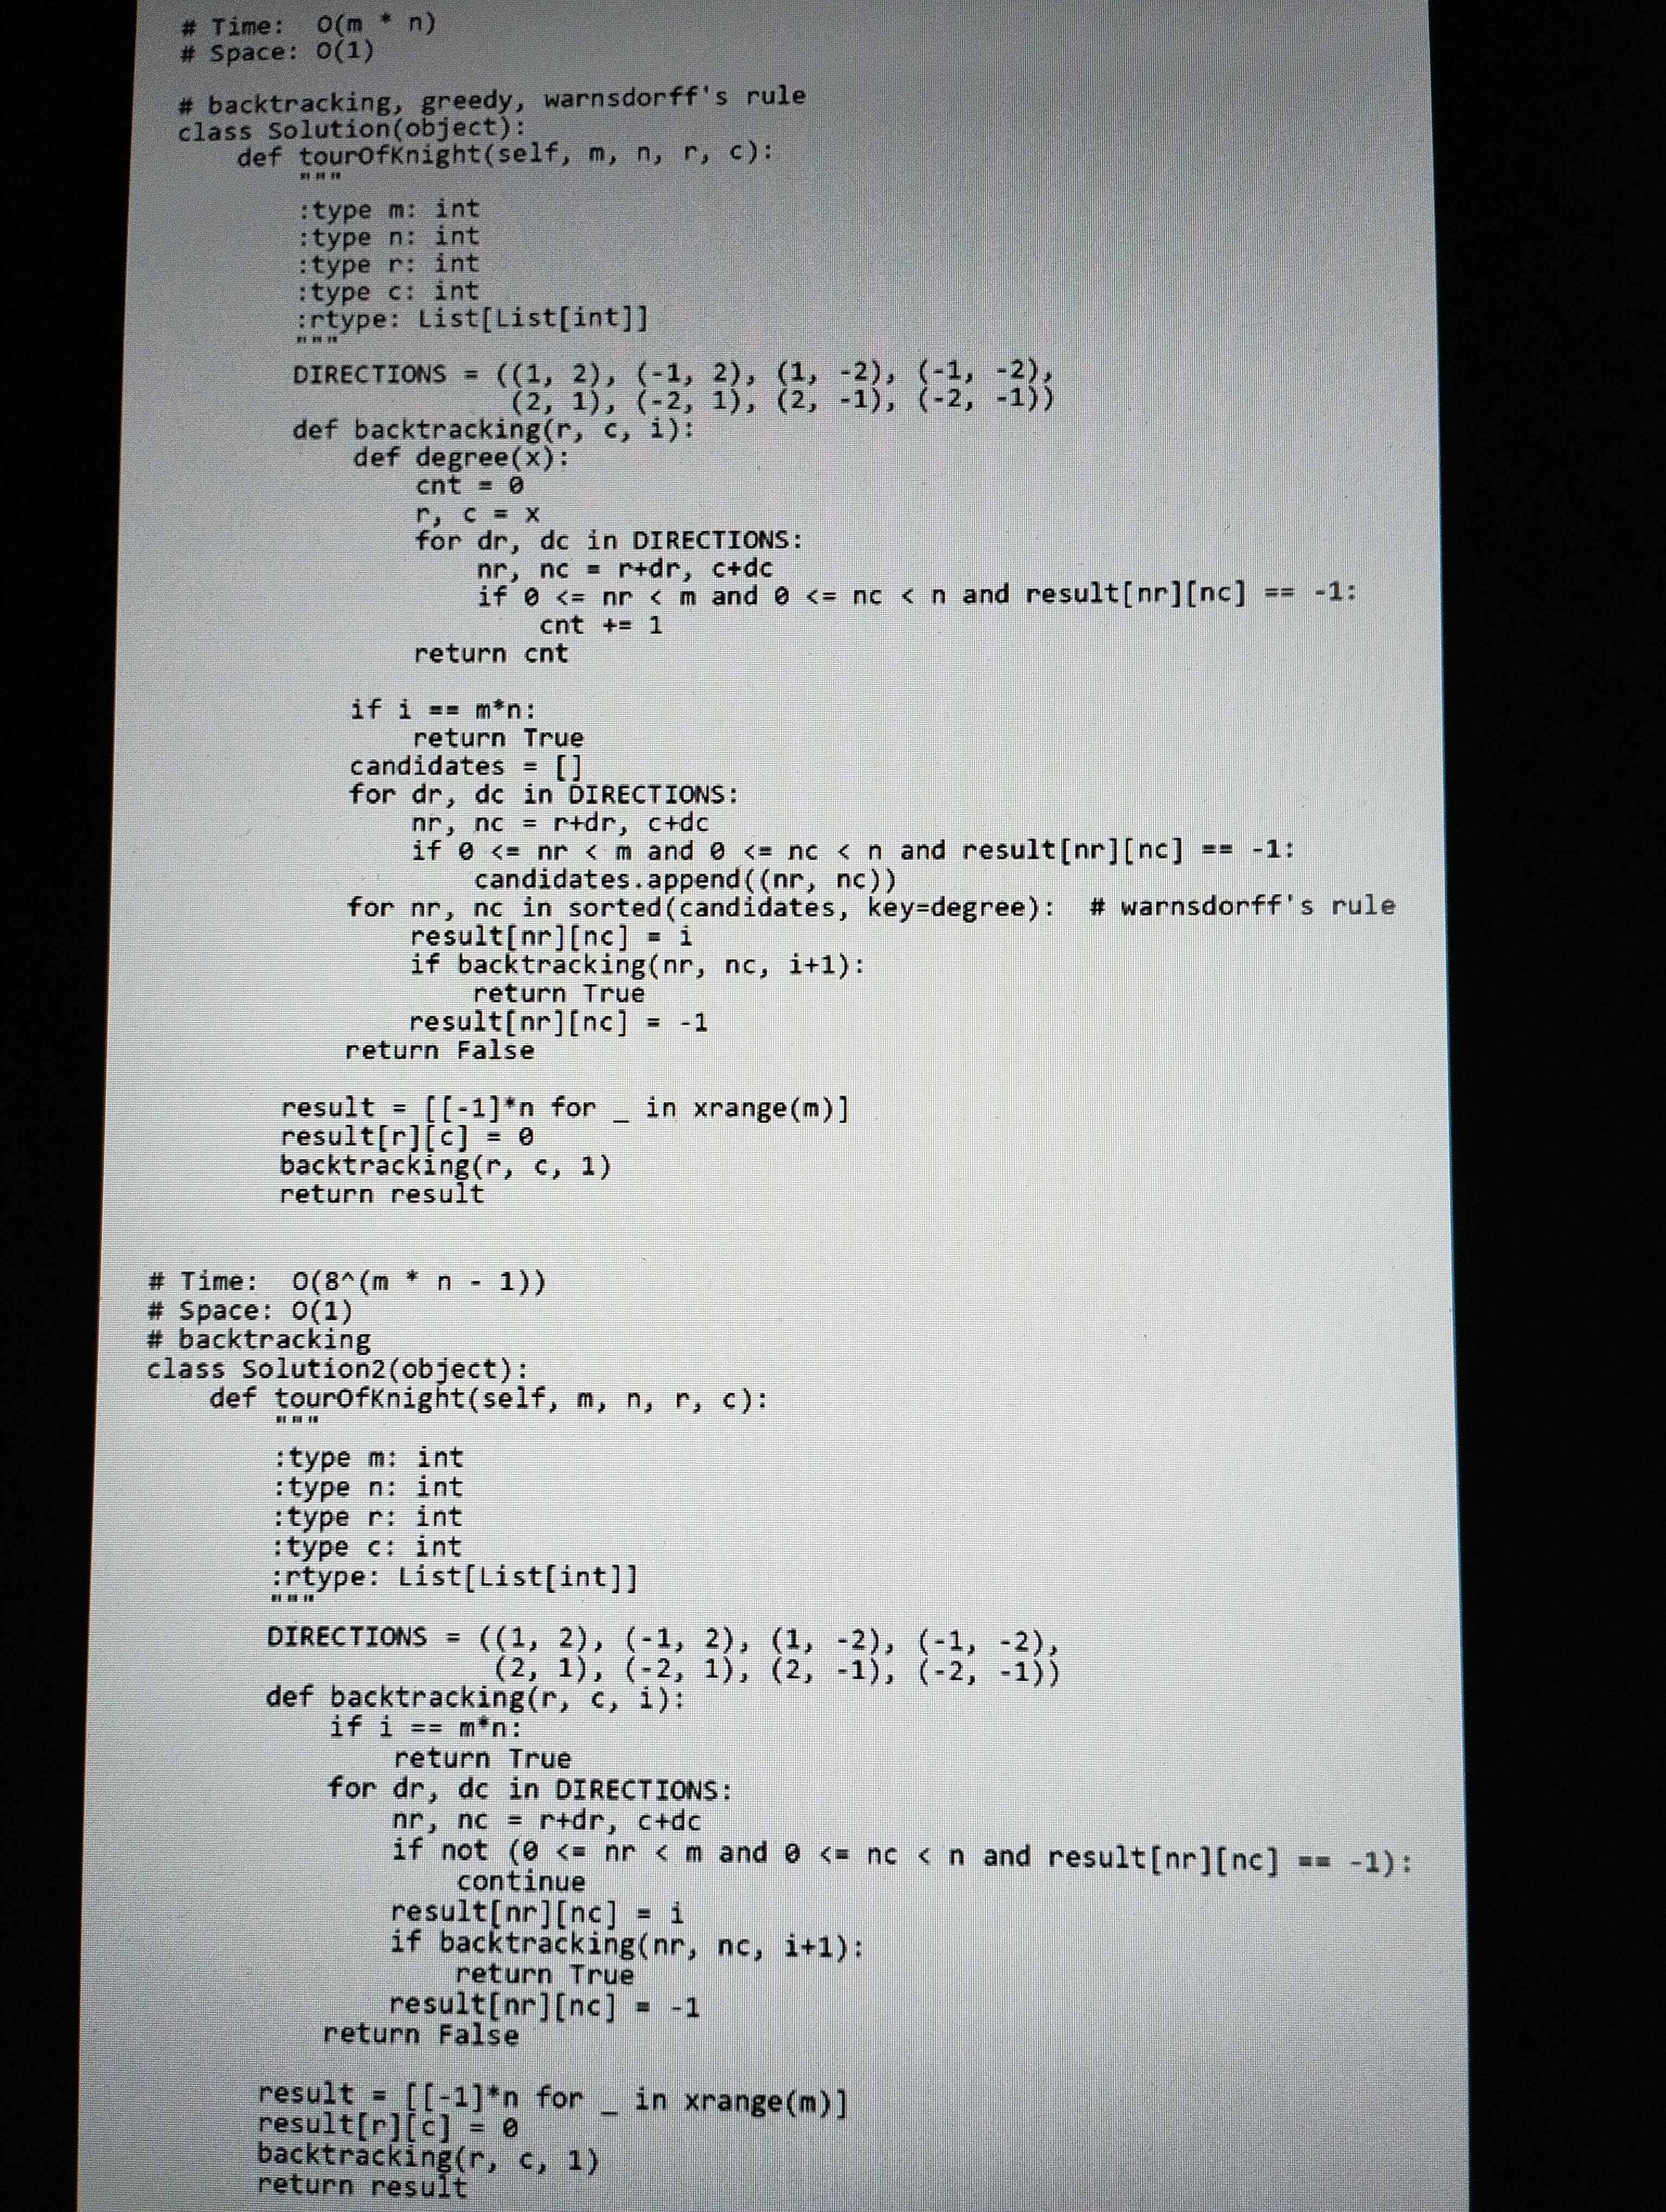
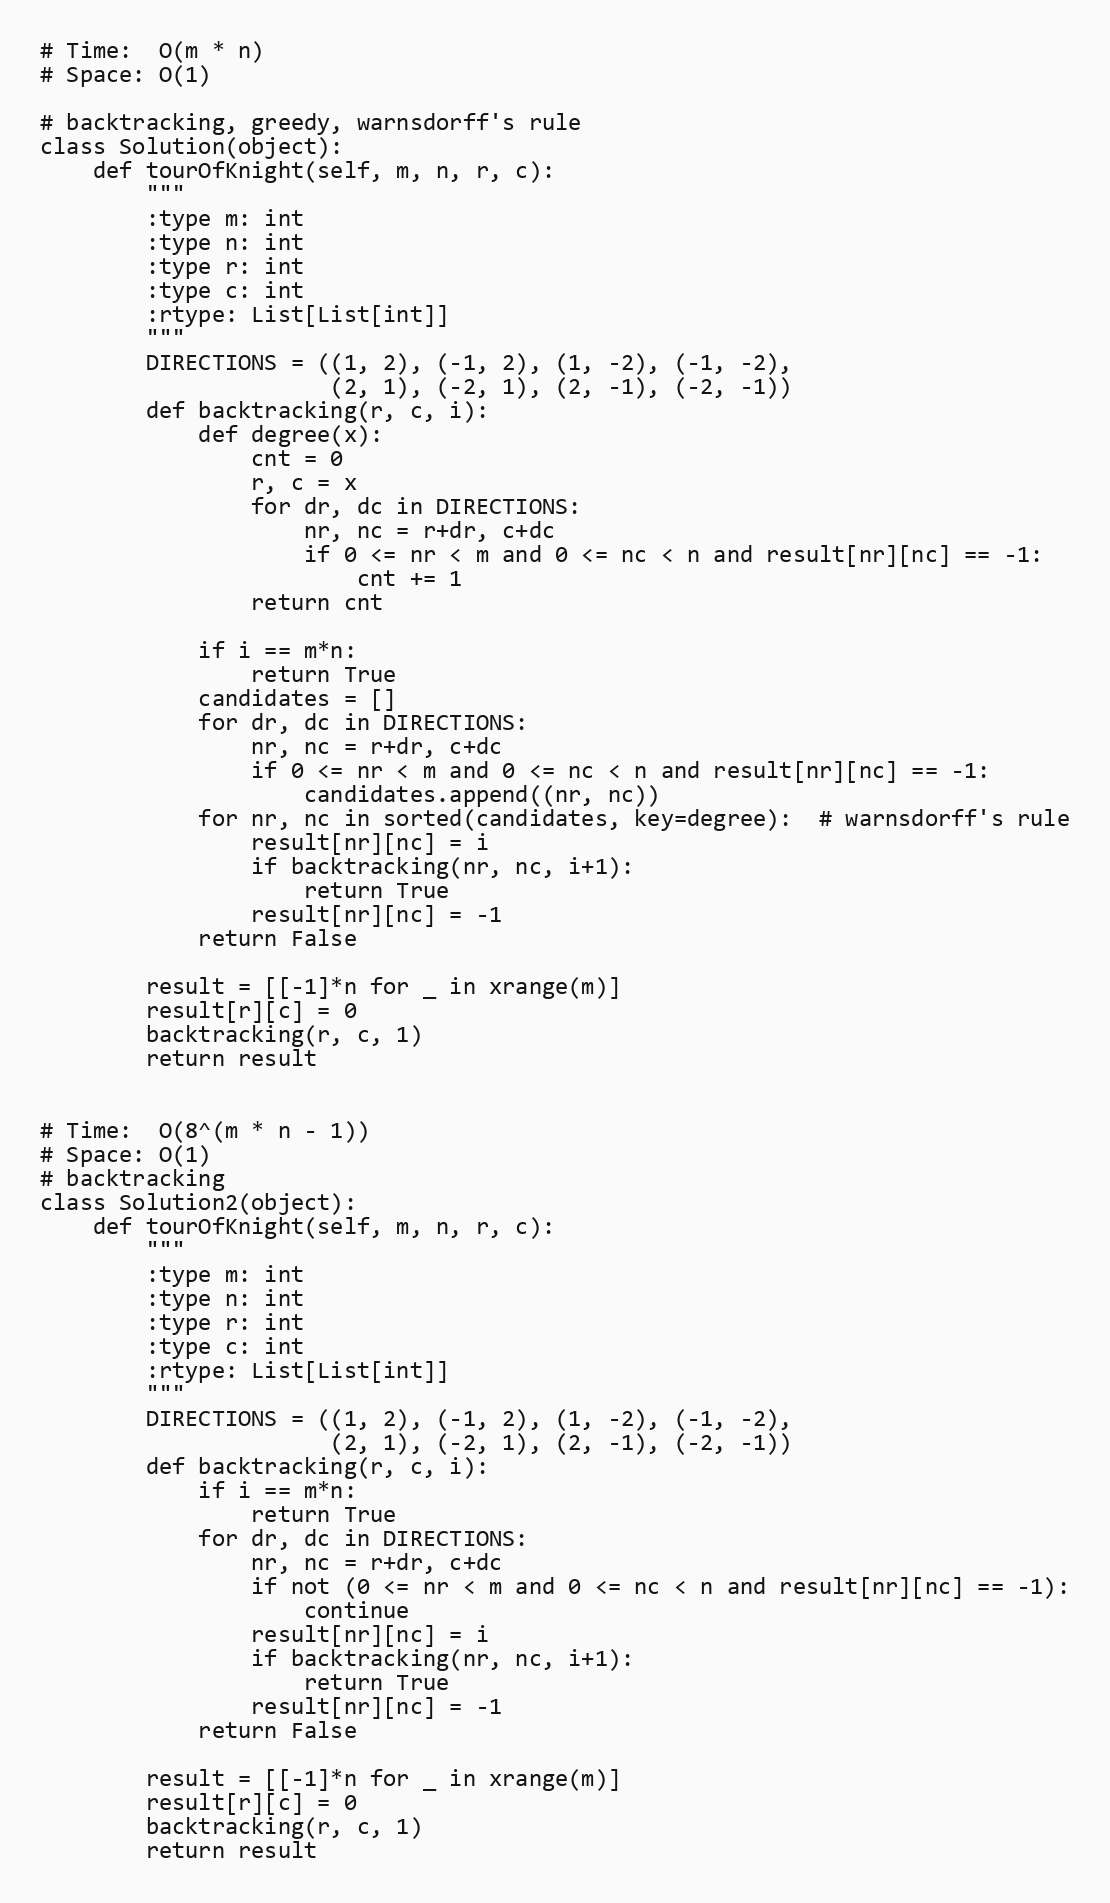
# Time:  O(m * n)
# Space: O(1)

# backtracking, greedy, warnsdorff's rule
class Solution(object):
    def tourOfKnight(self, m, n, r, c):
        """
        :type m: int
        :type n: int
        :type r: int
        :type c: int
        :rtype: List[List[int]]
        """
        DIRECTIONS = ((1, 2), (-1, 2), (1, -2), (-1, -2),
                      (2, 1), (-2, 1), (2, -1), (-2, -1))
        def backtracking(r, c, i):
            def degree(x):
                cnt = 0
                r, c = x
                for dr, dc in DIRECTIONS:
                    nr, nc = r+dr, c+dc
                    if 0 <= nr < m and 0 <= nc < n and result[nr][nc] == -1:
                        cnt += 1
                return cnt

            if i == m*n:
                return True
            candidates = []
            for dr, dc in DIRECTIONS:
                nr, nc = r+dr, c+dc
                if 0 <= nr < m and 0 <= nc < n and result[nr][nc] == -1:
                    candidates.append((nr, nc))
            for nr, nc in sorted(candidates, key=degree):  # warnsdorff's rule
                result[nr][nc] = i
                if backtracking(nr, nc, i+1):
                    return True
                result[nr][nc] = -1
            return False

        result = [[-1]*n for _ in xrange(m)]
        result[r][c] = 0
        backtracking(r, c, 1)
        return result

# Time:  O(8^(m * n - 1))
# Space: O(1)
# backtracking
class Solution2(object):
    def tourOfKnight(self, m, n, r, c):
        """
        :type m: int
        :type n: int
        :type r: int
        :type c: int
        :rtype: List[List[int]]
        """
        DIRECTIONS = ((1, 2), (-1, 2), (1, -2), (-1, -2),
                      (2, 1), (-2, 1), (2, -1), (-2, -1))
        def backtracking(r, c, i):
            if i == m*n:
                return True
            for dr, dc in DIRECTIONS:
                nr, nc = r+dr, c+dc
                if not (0 <= nr < m and 0 <= nc < n and result[nr][nc] == -1):
                    continue
                result[nr][nc] = i
                if backtracking(nr, nc, i+1):
                    return True
                result[nr][nc] = -1
            return False

        result = [[-1]*n for _ in xrange(m)]
        result[r][c] = 0
        backtracking(r, c, 1)
        return result